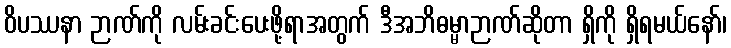
ဝိပဿနာ ဉာဏ်ကို လမ်းခင်းပေးဖို့ရာအတွက် ဒီအဘိဓမ္မာဉာဏ်ဆိုတာ ရှိကို ရှိရမယ်နော်၊